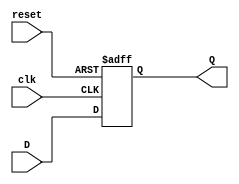
module FFD(input wire clk, reset, D, output reg Q);
    always @(posedge clk or posedge reset) begin
        if(reset==1'b1)
            Q <= 1'b0; //si el reset esta en uno entonces la salida se resetea
        else
            Q <= D; //de lo contrario la salida toma el valor de la entrada
    end
endmodule